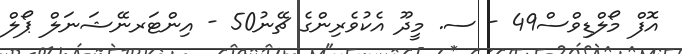
އޮފް މޯލްޑިވްސް49 - ސ. މީދޫ އެކުވެރިންގެ ޗޭނު50 - އިންޓަރނޭޝަނަލް ޕޯލް